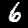
Label: 6